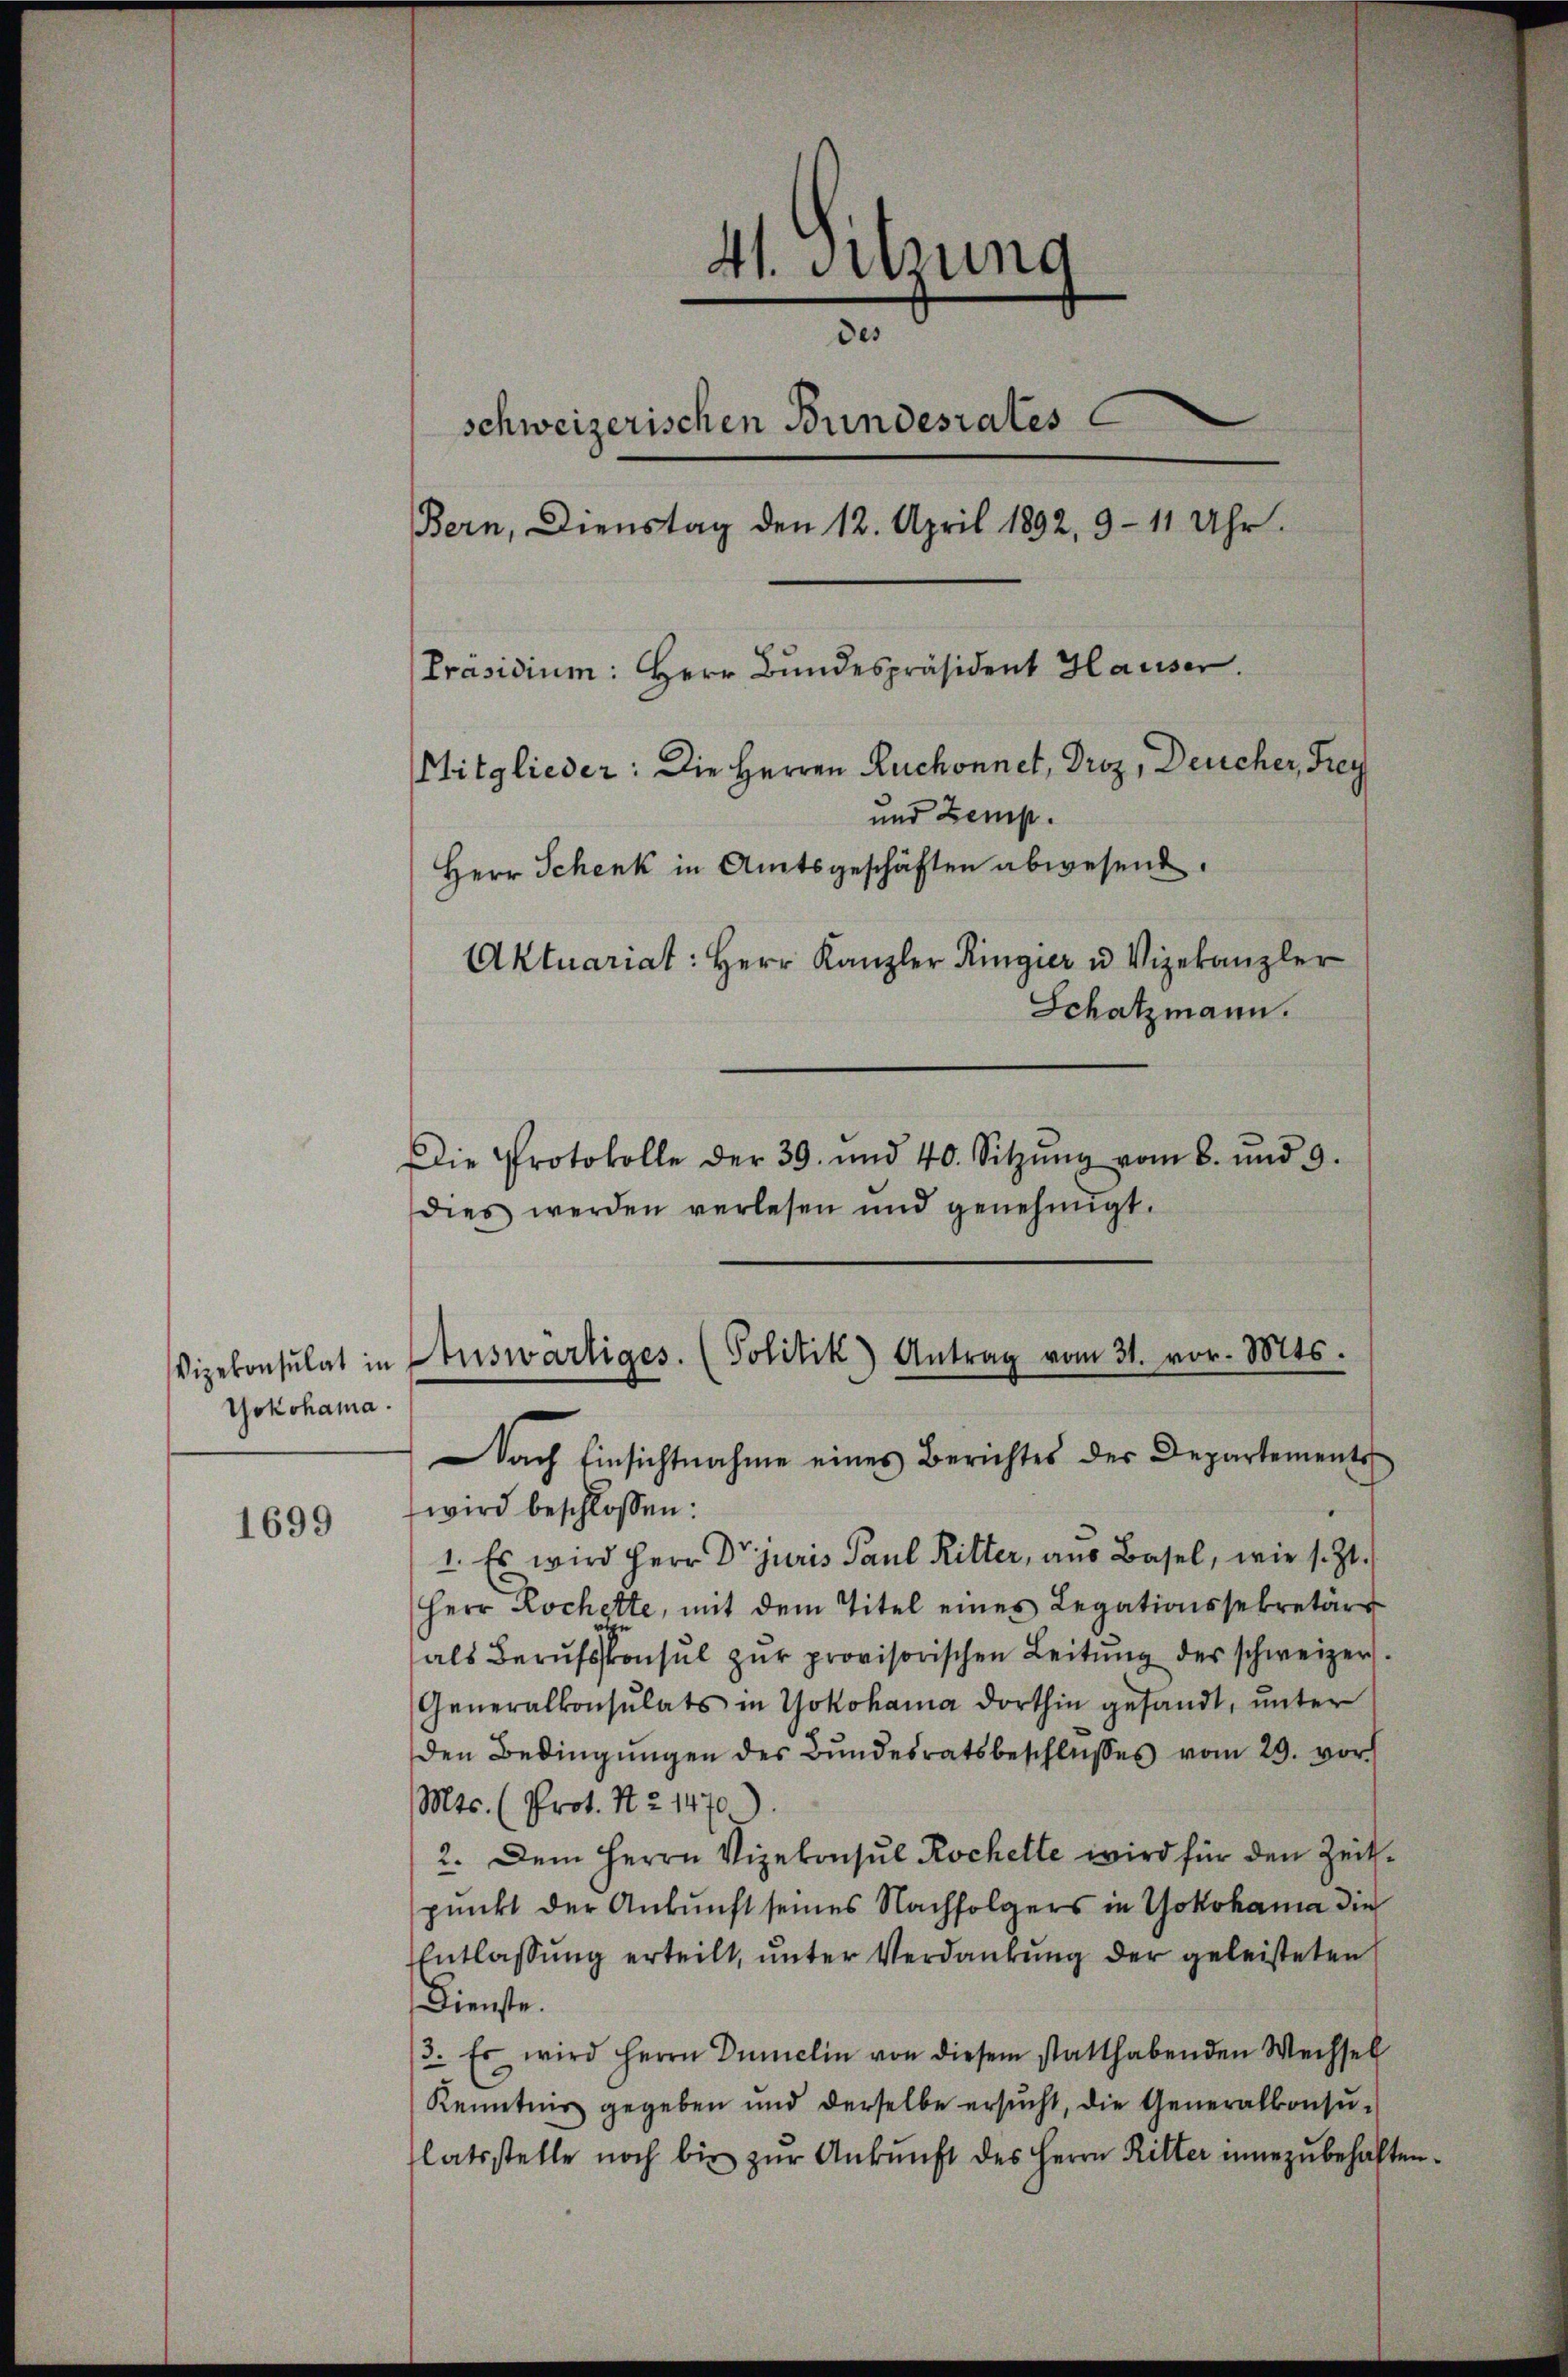
Vizekonsulat in
Yokohama.

1699

41. Sitzung
des
schweizerischen Bundesrates
Bern, Dienstag den 12. April 1892, 9-11 Uhr.
Präsidium: Herr Bundespräsident Hauser.
Mitglieder: Die Herren Ruchonnet, Droz, Deucher, Frey
und Zemp.
Herr Schenk in Amtsgeschäften abwesend.
Aktuariat: Herr Kanzler Ringier u Vizekanzler
Schatzmann.

Die Protokolle der 39. und 40. Sitzŭng vom 8. und 9.
dies werden verlesen und genehmigt.

Auswärtiges. (Politik) Antrag vom 31. vor. Mts.

Nach Einsichtnahme eines Berichtes der Departements
wird beschlossen:
1. Es wird Herr Dr. juris Paul Ritter, aus Basel, wie s. Zt.
Herr Rochette, mit dem Titel eines Legationssekretär
als Berufskonsul zŭr provisorischen Leitŭng der schweizer.
Generalkonsulats in Yokohama dorthin gesandt, ŭnter
den Bedingŭngen des Bundesratsbeschlŭsses vom 29. vor
Mts. (Prot. N. 2. 1470.
2. Dem Herrn Vizekonsul Kochelle wird für den Zeitpunkt der Ankunft seines Nachfolgers in Yokohama die
Entlassung erteilt, unter Verdankung der geleisteten
Dienste.
3. Es wird Herrn Dumelin von diesem statthabenden Wechsel
Kenntnis gegeben und derselbe ersŭcht, die Generalkonsulatsstelle noch bis zŭr Ankunft des Herrn Ritter einzŭbehalten.